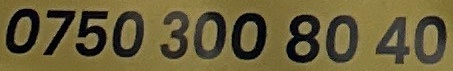
0750 300 8040